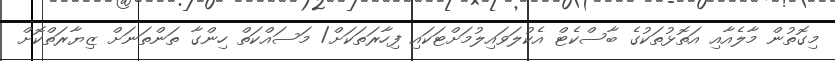
މިގޮތުން މާލެއާއި އަތޮޅުތަކުގެ ބާސްކެޓް އެކުލަވައިލުމަށްޓަކައި ފިހާރަތަކަށް/ މަސައްކަތް ހިންގާ ތަންތަނަށް ޒިޔާރަތްކޮށް